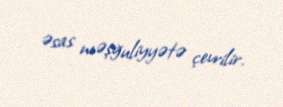
əsas məşğuliyyətə çevrilir.